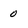
Character: 0